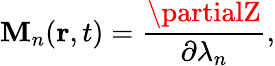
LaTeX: \mathbf{M}_{n}(\mathbf{{r}},t)=\frac{{\partialZ}}{{\partial\lambda_{n}}},